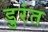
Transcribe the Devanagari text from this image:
डुरंत